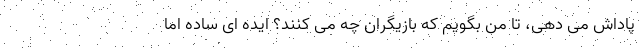
پاداش می دهی، تا من بگویم که بازیگران چه می کنند؟ ایده ای ساده اما